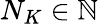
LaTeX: N_{K}\in\mathbb{N}